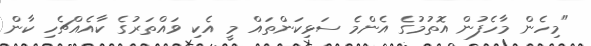
"މިހެން މާހެފުން އޮތުމުގެ އެންމެ ސަޅިކަންތައް މީ އެކި ވައްތަރުގެ ކާއެއްޗެހި ކާން